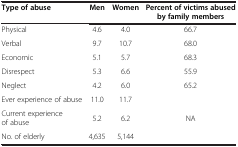
| Type of abuse | Men | Women | Percent of victims abused by family members |
 | --- | --- | --- | --- |
 | Physical | 4.6 | 4.0 | 66.7 |
 | Verbal | 9.7 | 10.7 | 68.0 |
 | Economic | 5.1 | 5.7 | 68.3 |
 | Disrespect | 5.3 | 6.6 | 55.9 |
 | Neglect | 4.2 | 6.0 | 65.2 |
 | Ever experience of abuse | 11.0 | 11.7 | <ROWSPAN=3> NA |
 | Current experience of abuse | 5.2 | 6.2 |
 | No. of elderly | 4,635 | 5,144 |